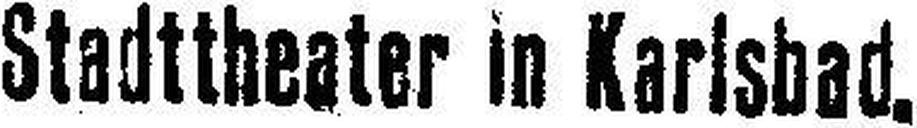
Stadttheater in Karlsbad.